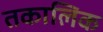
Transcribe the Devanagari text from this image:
तकालिक